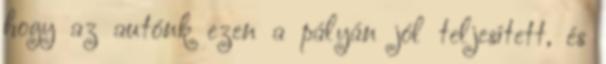
hogy az autónk ezen a pályán jól teljesített, és